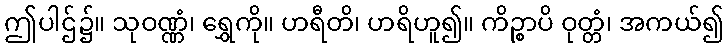
ဤပါဌ်၌။ သုဝဏ္ဏံ၊ ရွှေကို။ ဟရီတိ၊ ဟရိဟူ၍။ ကိဉ္စာပိ ဝုတ္တံ၊ အကယ်၍